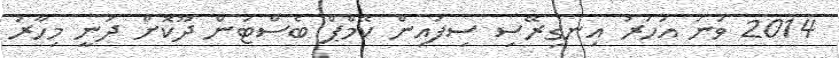
2014 ވަނަ އަހަރު އިނގިރޭސި ސިފައިން ކޭމްޕް ބެސްޓަން ދޫކޮށް ދަނީ މިހާރު